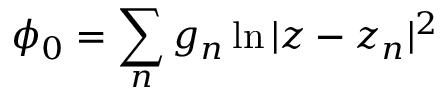
\phi _ { 0 } = \sum _ { n } g _ { n } \ln | z - z _ { n } | ^ { 2 }